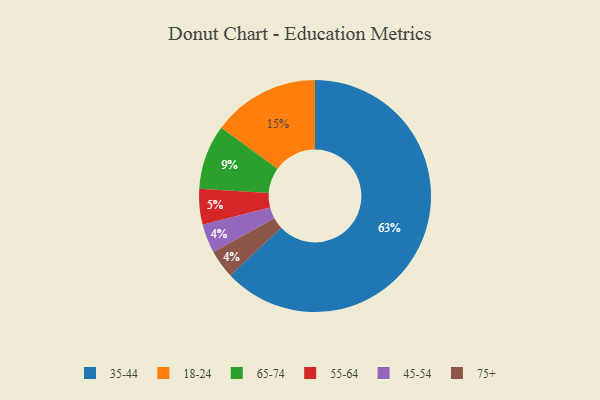
{"axis": {"x": "Category", "y": "Percentage"}, "legend": ["18-24", "35-44", "45-54", "55-64", "65-74", "75+"], "data": [{"x": "45-54", "y": 4, "type": "45-54"}, {"x": "75+", "y": 4, "type": "75+"}, {"x": "65-74", "y": 9, "type": "65-74"}, {"x": "55-64", "y": 5, "type": "55-64"}, {"x": "18-24", "y": 15, "type": "18-24"}, {"x": "35-44", "y": 63, "type": "35-44"}]}